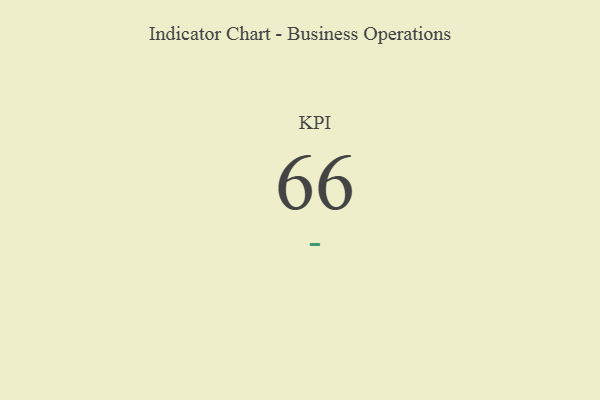
{"axis": {"x": "KPI", "y": "Value"}, "legend": [""], "data": [{"x": "KPI", "y": 66, "type": ""}]}